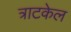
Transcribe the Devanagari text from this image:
त्राटकेल